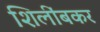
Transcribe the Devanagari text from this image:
शिलींबकर